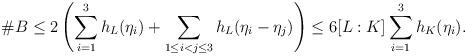
LaTeX: \begin{align*}\#B \leq 2 \left(\sum_{i=1}^3 h_L(\eta_i)+\sum_{1\leq i<j\leq 3} h_L(\eta_i-\eta_j)\right)\leq 6[L:K]\sum_{i=1}^3 h_K(\eta_i).\end{align*}